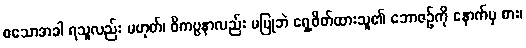
စသောအခါ ရသူလည်း မဟုတ်၊ ဝိကပ္ပနာလည်း မပြုဘဲ ရှေ့ဖိတ်ထားသူ၏ ဘောဇဉ်ကို နောက်မှ စား၊